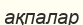
ақпалар